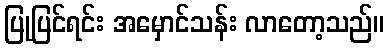
ပြုပြင်ရင်း အမှောင်သန်း လာတော့သည်။